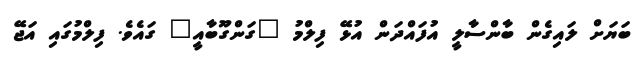
ބަޔަށް ލައިގެން ބާންސާލީ އުފައްދަން އުޅޭ ފިލްމު "ގަންގޫބާއީ" ގައެވެ. ފިލްމުގައި އަޖޭ